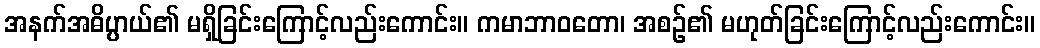
အနက်အဓိပ္ပာယ်၏ မရှိခြင်းကြောင့်လည်းကောင်း။ ကမာဘာဝတော၊ အစဉ်၏ မဟုတ်ခြင်းကြောင့်လည်းကောင်း။